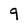
Character: 9